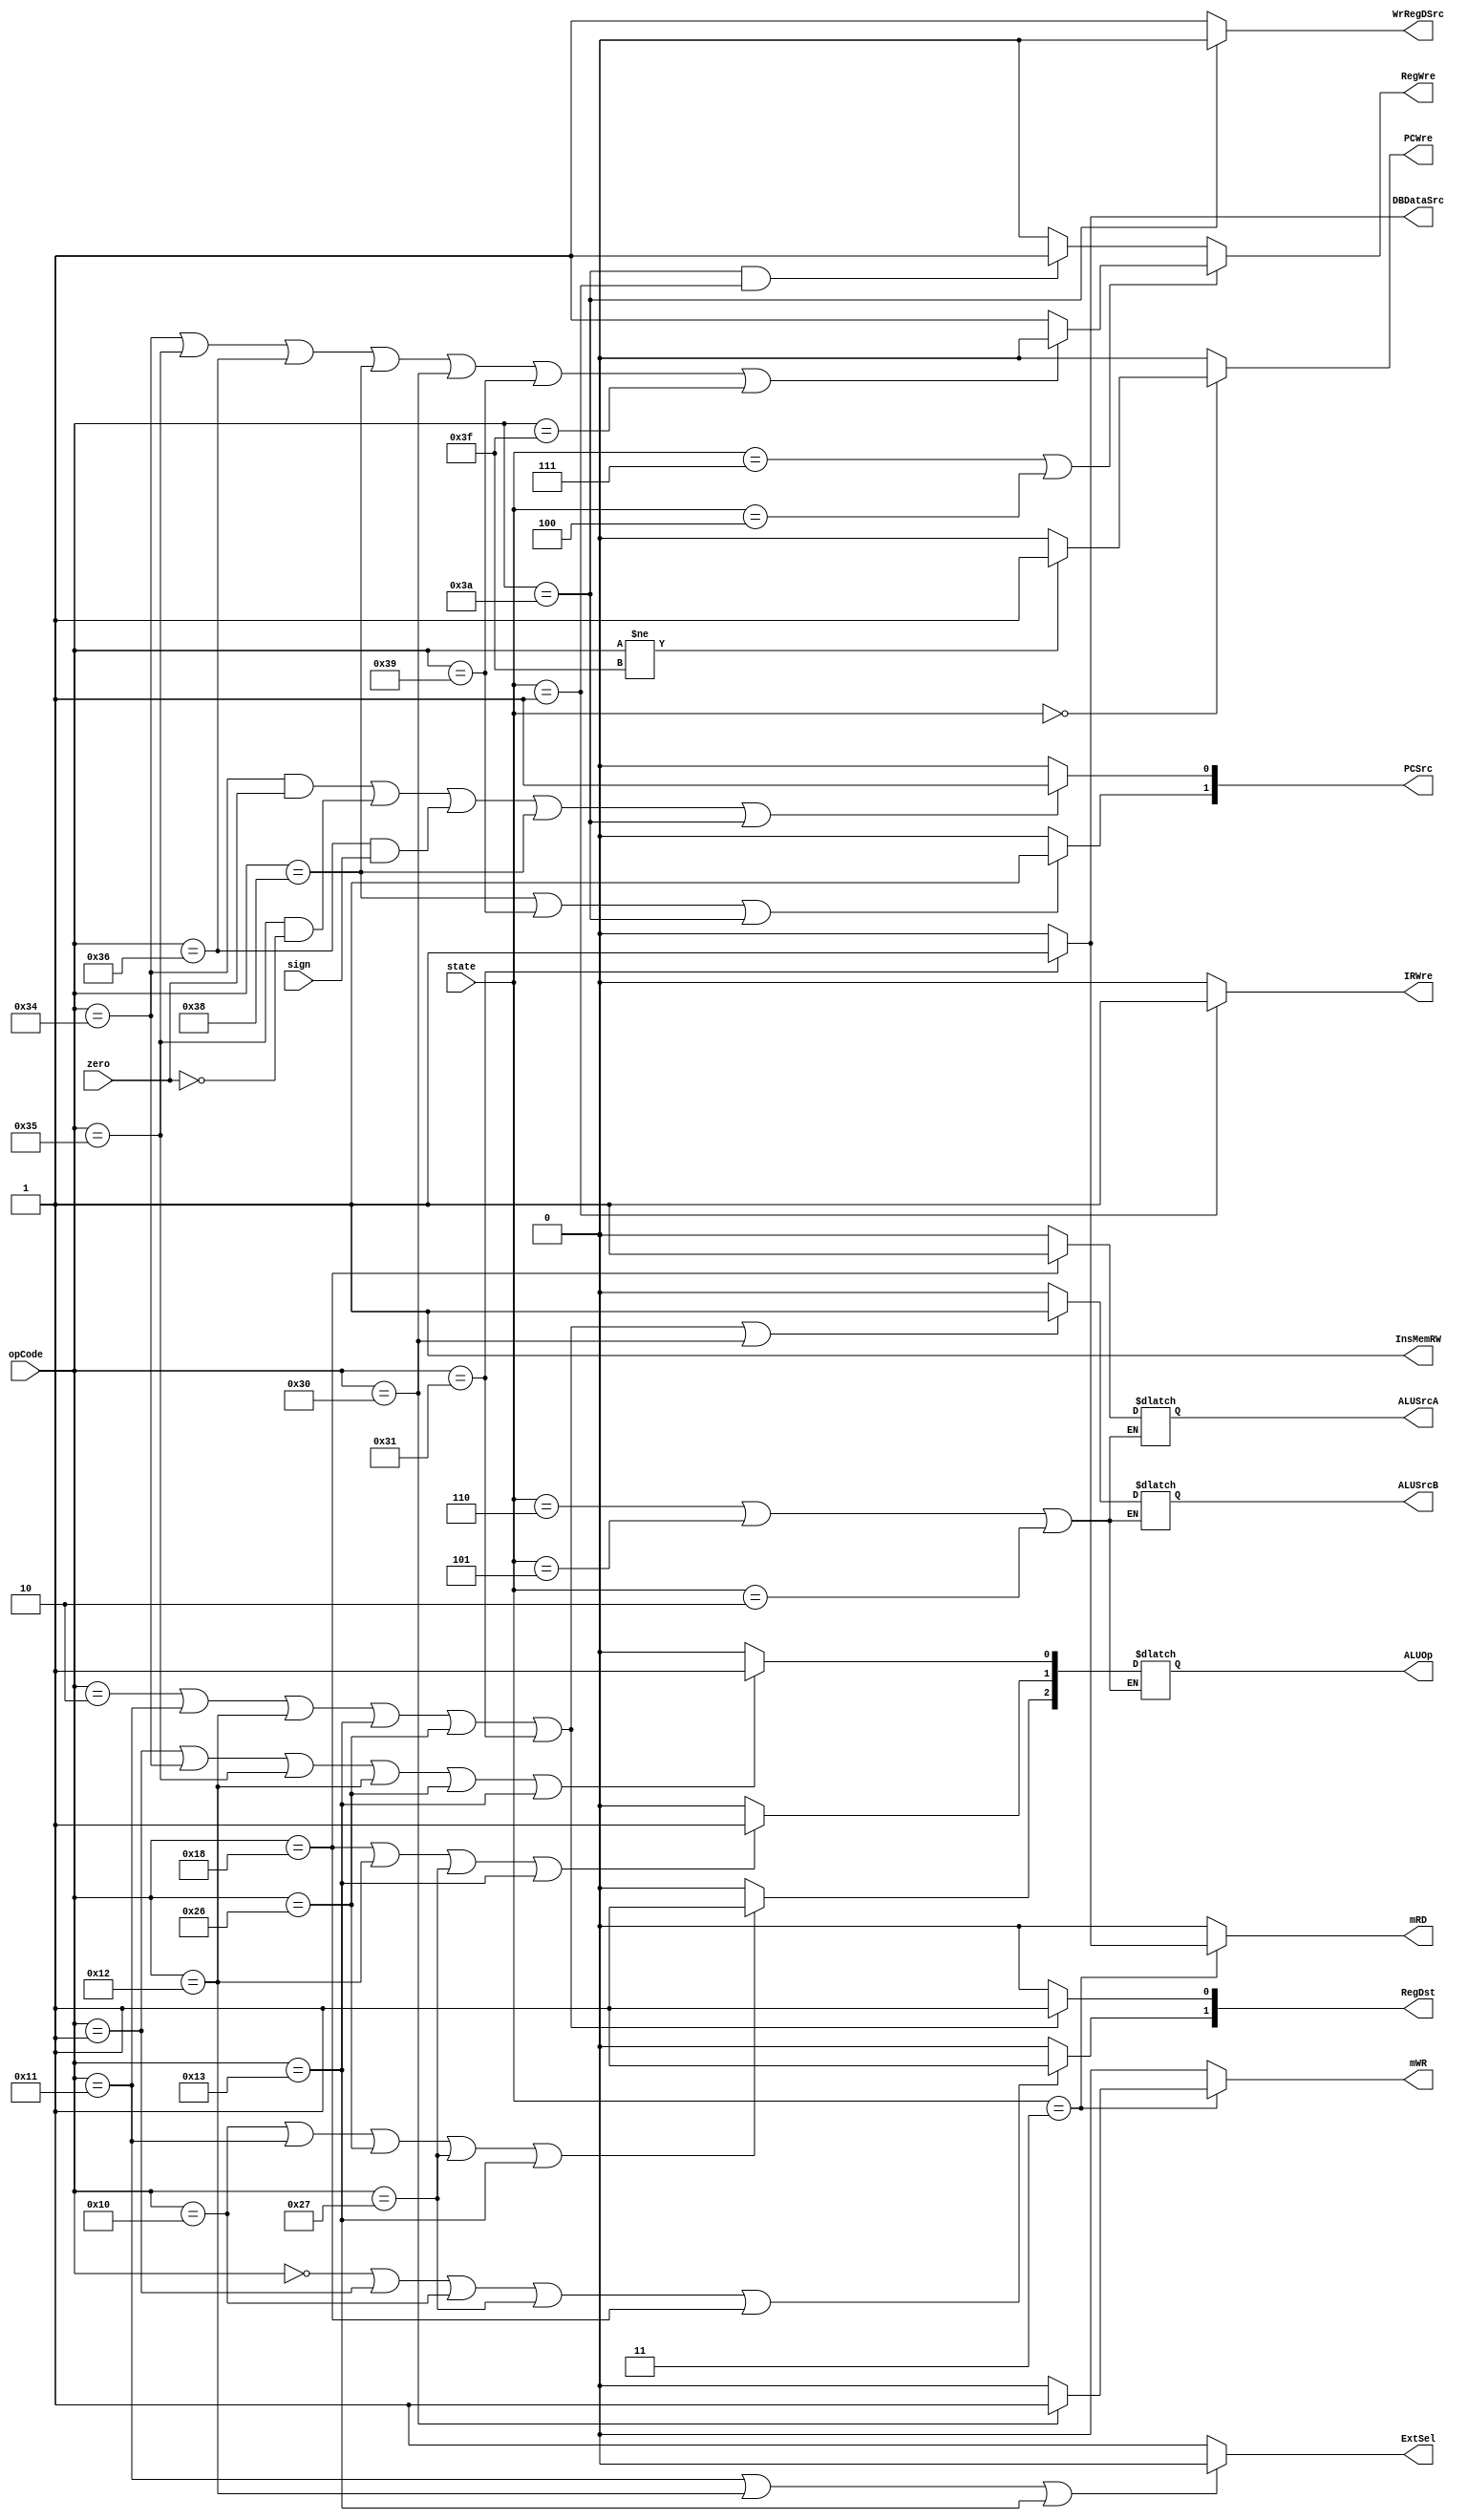
`timescale 1ns / 1ps

module controlSign(
    input [2:0] state,
    input [5:0] opCode,
    input zero,
    input sign,
    output reg IRWre,
    output reg PCWre,
    output reg ALUSrcA,
    output reg ALUSrcB,
    output reg DBDataSrc,
    output reg RegWre,
    output reg WrRegDSrc,
    output reg InsMemRW,
    output reg mRD,
    output reg mWR,
    output reg ExtSel,
    output reg [1:0] RegDst,
    output reg [1:0] PCSrc,
    output reg [2:0] ALUOp
    );
    //
    parameter [2:0] IF = 3'b000,
    ID = 3'b001, EXE1 = 3'b110,
    EXE2 = 3'b101, EXE3 = 3'b010,
    WB1 = 3'b111, WB2 = 3'b100,
    MEM = 3'b011;
    
    //
    always @(state) begin
        DBDataSrc = (opCode == 6'b110001) ? 1 : 0;
        WrRegDSrc = (opCode == 6'b111010)? 0 : 1;
        ExtSel = (opCode == 6'b010001 || opCode == 6'b010010 || opCode == 6'b010011) ? 0 : 1;
        RegDst = (opCode == 6'b000010 || opCode == 6'b010000 || opCode == 6'b010010 || opCode == 6'b011100 || opCode == 6'b100111) ? 0 : 1;
        PCSrc[1] = (opCode == 6'b111000 || opCode == 6'b111001 || opCode == 6'b111010) ? 1 : 0;
        PCSrc[0] = ((opCode == 6'b110100 && zero == 1)||(opCode == 6'b110101 && zero == 0)||(opCode == 6'b110110 && sign == 1) || opCode == 6'b111000 || opCode == 6'b111010) ? 1 : 0;
        RegDst[1] = (opCode == 6'b000000 || opCode == 6'b000001 || opCode == 6'b010000 || opCode == 6'b100111 || opCode == 6'b011000) ? 1 : 0;
        RegDst[0] = (opCode == 6'b000010 || opCode == 6'b010001 || opCode == 6'b010010 || opCode == 6'b010011 || opCode == 6'b100110 || opCode == 6'b110001) ? 1 : 0;
        
        //EXE
        if (state == EXE1 || state == EXE2 || state == EXE3) begin
            ALUOp[2] = (opCode == 6'b010000 || opCode == 6'b010001 ||opCode == 6'b100110 || opCode==6'b100111 || opCode == 6'b010011) ? 1 : 0;
            ALUOp[1] = (opCode == 6'b011000 || opCode == 6'b010010 || opCode == 6'b100111 || opCode == 6'b010011) ? 1 : 0;
            ALUOp[0] = (opCode == 6'b000001 || opCode == 6'b110100 || opCode == 6'b110101|| opCode == 6'b010010 || opCode == 6'b100110 || opCode == 6'b010011) ? 1 : 0;
            ALUSrcA = (opCode == 6'b011000) ? 1 : 0;
            ALUSrcB = (opCode == 6'b000010 || opCode == 6'b010001 || opCode == 6'b010010 || opCode == 6'b010011 || opCode == 6'b100110 || opCode == 6'b110001 || opCode == 6'b110000) ? 1 : 0; 
        end
        
        //IF
        if (state == IF) begin
            if (opCode != 6'b111111)
                PCWre = 1;
            else PCWre = 0;
        end
        else begin 
            PCWre = 0;
        end      
        
        //ID
        InsMemRW = 1;
        if (state == ID)
            IRWre = 1;
        else IRWre = 0;
        
        //MEM
        if (state == MEM) begin
            mRD = (opCode == 6'b110001) ? 1 : 0;
            mWR = (opCode == 6'b110000) ? 1 : 0;
        end
        else begin
            mRD = 0;
            mWR = 0;
        end
        
        //WB
        if (state == WB1 || state == WB2)
            RegWre = (opCode == 6'b110100 || opCode == 6'b110101 || opCode == 6'b110110 || opCode == 6'b111000 || opCode == 6'b110000 || opCode == 6'b111001 || opCode == 6'b111111)? 0 : 1;
        else if (opCode == 6'b111010 && state == ID) //jalID
            RegWre = 1;
        else RegWre = 0;
        
    end
   
endmodule